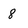
Character: 8